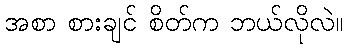
အစာ စားချင် စိတ်က ဘယ်လိုလဲ။